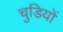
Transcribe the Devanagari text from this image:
चुडियों